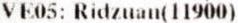
VE05: RIDZUAN(11900)